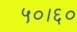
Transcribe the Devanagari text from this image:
५०।६०